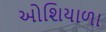
ઓશિયાળા